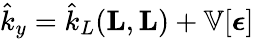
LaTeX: \hat{k}_{y}=\hat{k}_{L}(\textbf{L},\textbf{L})+\mathbb{V}[\boldsymbol{\epsilon}]